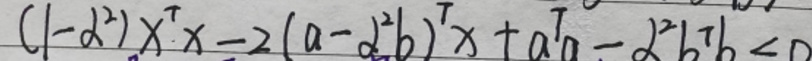
$(1 - \lambda^{2})x^{T}x - 2(a - \lambda^{2}b)^{T}x + a^{T}a - \lambda^{2}b^{T}b \leq 0$